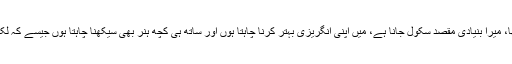
ان کا مزید کہنا تھا، میرا بنیادی مقصد سکول جانا ہے، میں اپنی انگریزی بہتر کرنا چاہتا ہوں اور ساتھ ہی کچھ ہنر بھی سیکھنا چاہتا ہوں جیسے کہ لکڑی کا کام وغیرہ۔